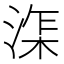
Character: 𰜘